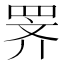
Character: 𫅅